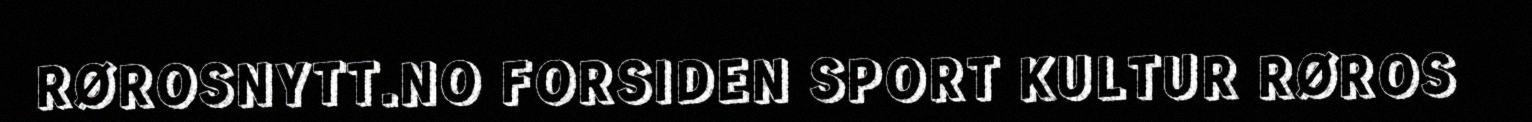
RØROSNYTT.NO FORSIDEN SPORT KULTUR RØROS